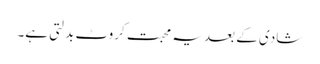
شادی کے بعد یہ محبت کروٹ بدلتی ہے۔